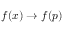
f ( x ) \to f ( p )